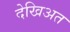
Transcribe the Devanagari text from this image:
देखिअत